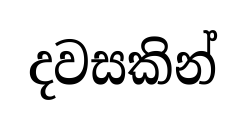
දවසකින්